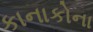
કાનાકોના